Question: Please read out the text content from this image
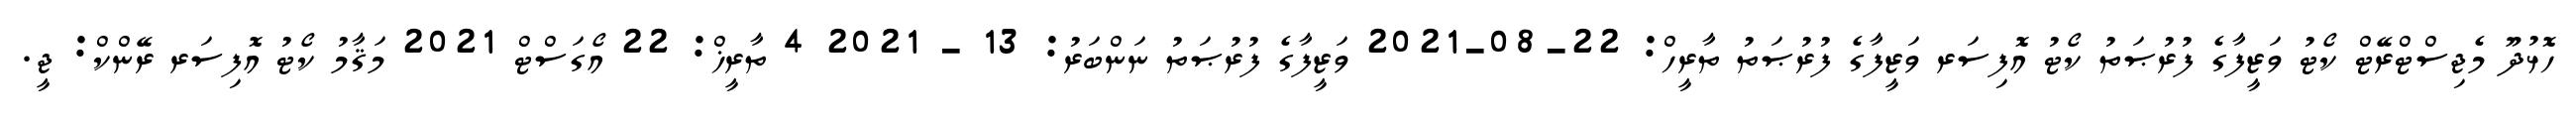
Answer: ހޮޅުދޫ މެޖިސްޓްރޭޓް ކޯޓު ވަޒީފާގެ ފުރުޞަތު ކޯޓު އޮފިސަރ ވަޒީފާގެ ފުރުޞަތު ތާރީހް: 22-08-2021 ވަޒީފާގެ ފުރުޞަތު ނަންބަރު: 13 - 2021 4 ތާރީޚް: 22 އޯގަސްޓް 2021 މަޤާމު ކޯޓު އޮފިސަރ ރޭންކް: ޖީ.